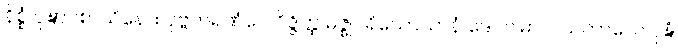
နိစ္စံ ဝုဍ္ဎာပစာယိနော။ ပုဗ္ဗကရဏံပေ ဝိဇ္ဇိတ္ထ မဇ္ဈပရိယောသာနံ ဒေဝဂါမာ ဝါသကာလေ ဝုဍ္ဎံ